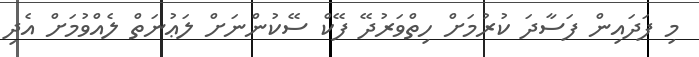
މި ފަދައިން ފަސާދަ ކުރުމަށް ހިތްވަރުދޭ ފޭކް ސޭކުންނަށް ލަޢުނަތް ލެއްވުމަށް އެދި